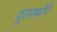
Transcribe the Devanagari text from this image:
वूलस्थॉर्प